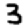
Digit: 3